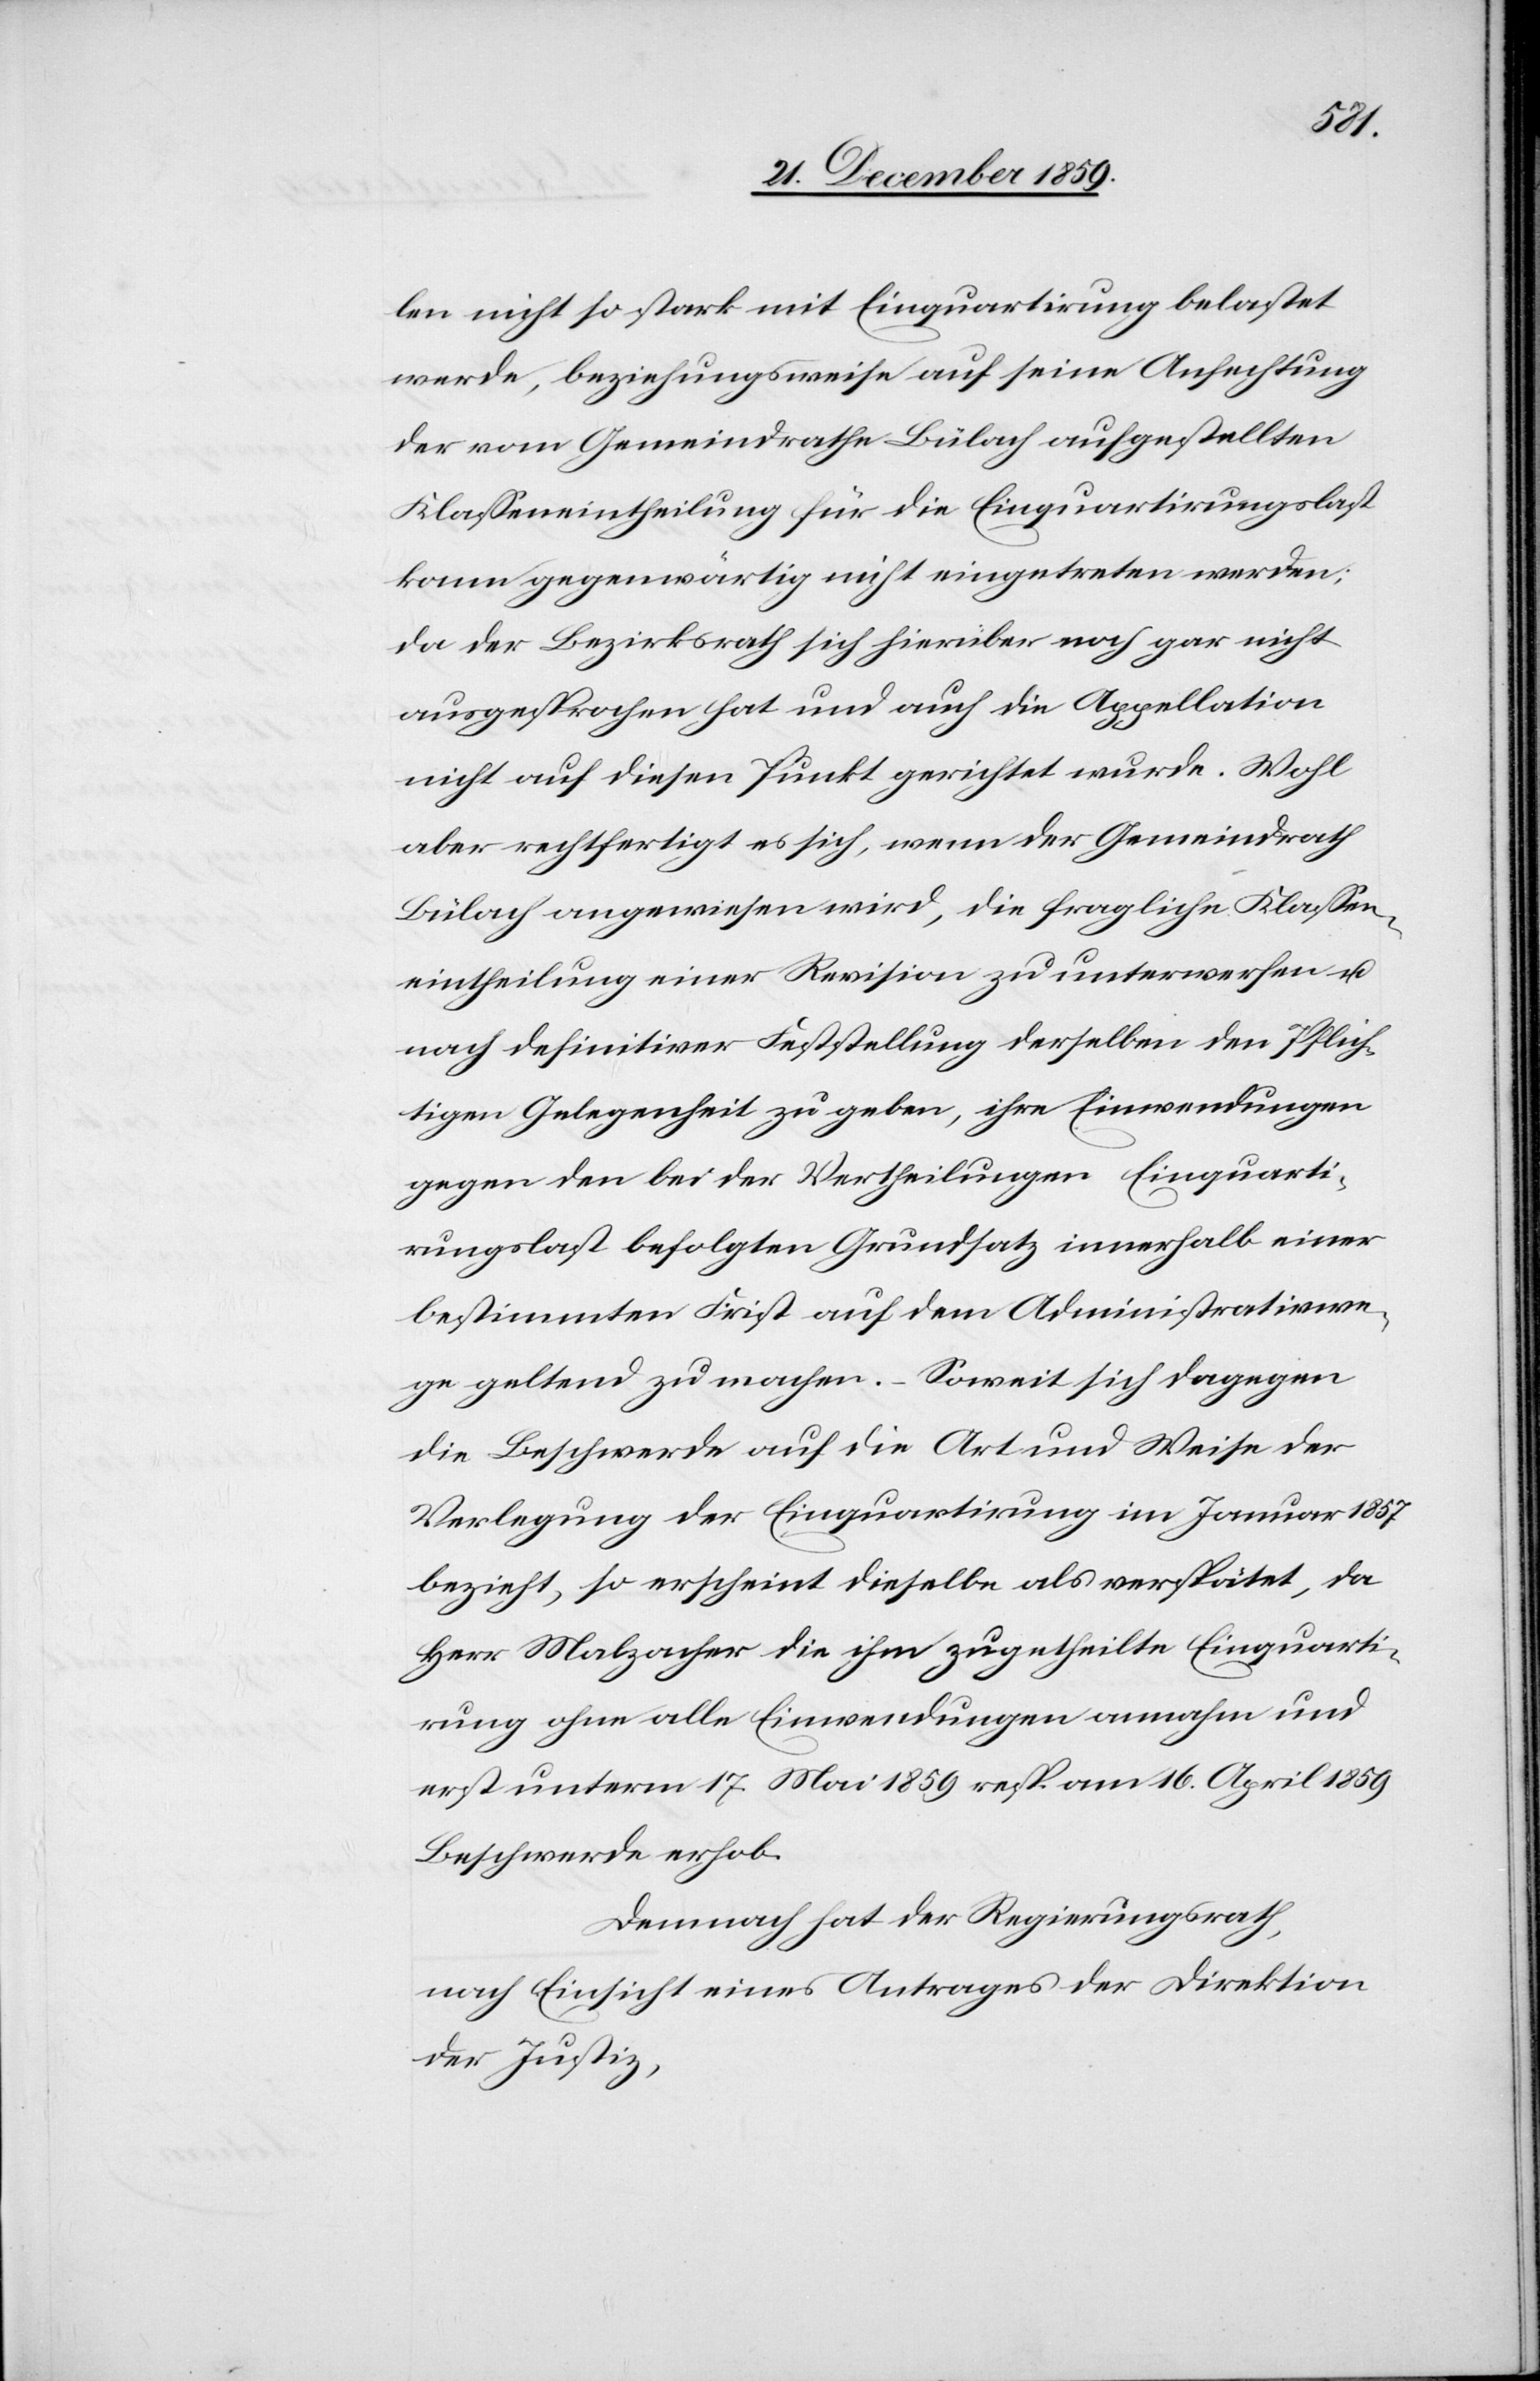
len nicht so stark mit Einquartirung belastet
werde, beziehungsweise auf seine Anfechtung
der vom Gemeindrathe Bülach aufgestellten
Klasseneintheilung für die Einquartirungslast
kann gegenwärtig nicht eingetreten werden;
da der Bezirksrath sich hierüber noch gar nicht
ausgesprochen hat und auch die Appellation
nicht auf diesen Punkt gerichtet wurde. Wohl
aber rechtfertigt es sich, wenn der Gemeindrath
Bülach angewiesen wird, die fragliche Klassen¬
eintheilung einer Revision zu unterwerfen u.
nach definitiver Feststellung derselben den Pflich¬
tigen Gelegenheit zu geben, ihre Einwendungen
gegen den bei der Vertheilungen [sic!] [der] Einquarti¬
rungslast befolgten Grundsatz innerhalb einer
bestimmten Frist auf dem Administrativwe¬
ge geltend zu machen. – Soweit sich dagegen
die Beschwerde auf die Art und Weise der
Verlegung der Einquartirung im Januar 1857
bezieht, so erscheint dieselbe als verspätet, da
Herr Malzacher die ihm zugetheilte Einquarti¬
rung ohne alle Einwendungen annahm und
erst unterm 17. Mai 1859 resp. am 16. April 1859
Beschwerde erhob.
Demnach hat der Regierungsrath,
nach Einsicht eines Antrages der Direktion
der Justiz,